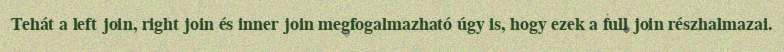
Tehát a left join, right join és inner join megfogalmazható úgy is, hogy ezek a full join részhalmazai.